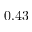
0 . 4 3